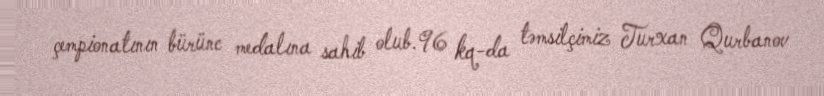
çempionatının bürünc medalına sahib olub.96 kq-da təmsilçimiz Turxan Qurbanov